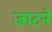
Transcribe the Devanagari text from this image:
जाटने